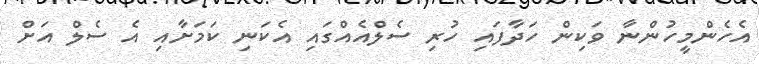
އެހެންމީހުންނާ ވަކިން ހަދާފައި ހުރި ސެލްއެއްގައި އެކަނި ކަމަށާއި އެ ސެލް އަށް